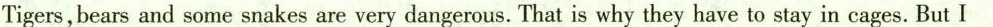
Tigers,bears and some snakes are very dangerous. That is why they have to stay in cages. But I